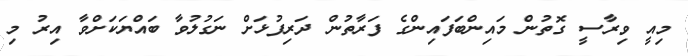
މިއީ ވިރާސީ ގޮތުން މައިންބަފައިންގެ ފަރާތުން ދަރިފުޅަށް ނަގުލުވާ ބައްޔަކަށްވާ އިރު މި